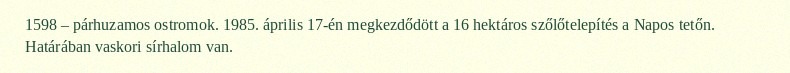
1598 – párhuzamos ostromok. 1985. április 17-én megkezdődött a 16 hektáros szőlőtelepítés a Napos tetőn. Határában vaskori sírhalom van.